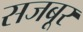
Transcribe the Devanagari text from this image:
सजबूर